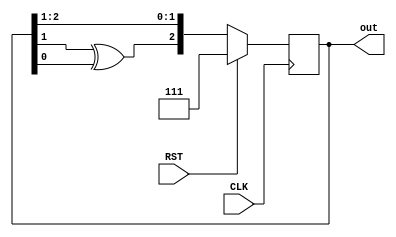
`timescale 1ns / 1ps

module LFSR_test (input CLK, RST,
              output reg [2:0] out);
  
     always @(posedge CLK) begin
         if(RST) out <= 3'b111; // Assign seed
         else out <= {out[1]^out[0], out[2], out[1]}; //Right shifting
     end
   
endmodule